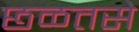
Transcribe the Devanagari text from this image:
छळतसे